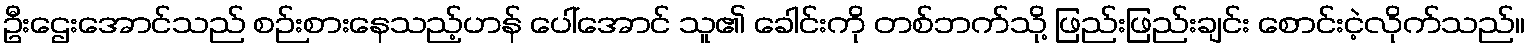
ဦးဌေးအောင်သည် စဉ်းစားနေသည့်ဟန် ပေါ်အောင် သူ၏ ခေါင်းကို တစ်ဘက်သို့ ဖြည်းဖြည်းချင်း စောင်းငဲ့လိုက်သည်။